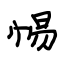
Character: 惕